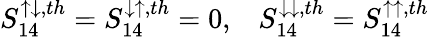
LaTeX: \begin{array}{r}{{S_{14}^{\uparrow\downarrow,th}=S_{14}^{\downarrow\uparrow,th}=0,}\quad{S_{14}^{\downarrow\downarrow,th}=S_{14}^{\uparrow\uparrow,th}}}\end{array}